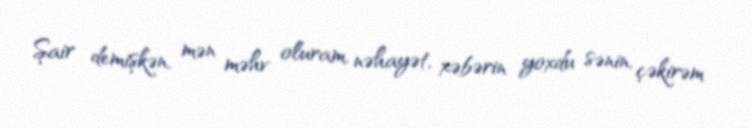
Şair demişkən, mən məhv oluram, nəhayət, xəbərin yoxdu sənin, çəkirəm